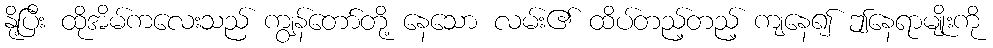
နို့ပြီး ထိုအိမ်ကလေးသည် ကျွန်တော်တို့ နေသော လမ်း၏ ထိပ်တည့်တည့် ကျနေ၍ ဤနေရာမျိုးကို